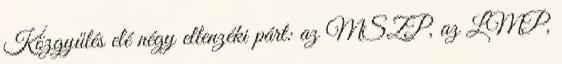
Közgyűlés elé négy ellenzéki párt: az MSZP, az LMP,